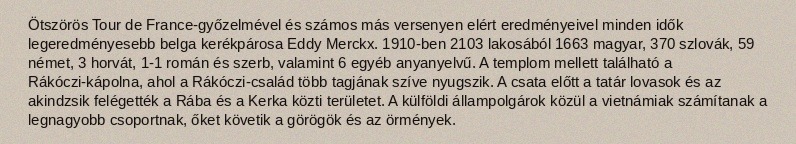
Ötszörös Tour de France-győzelmével és számos más versenyen elért eredményeivel minden idők legeredményesebb belga kerékpárosa Eddy Merckx. 1910-ben 2103 lakosából 1663 magyar, 370 szlovák, 59 német, 3 horvát, 1-1 román és szerb, valamint 6 egyéb anyanyelvű. A templom mellett található a Rákóczi-kápolna, ahol a Rákóczi-család több tagjának szíve nyugszik. A csata előtt a tatár lovasok és az akindzsik felégették a Rába és a Kerka közti területet. A külföldi állampolgárok közül a vietnámiak számítanak a legnagyobb csoportnak, őket követik a görögök és az örmények.